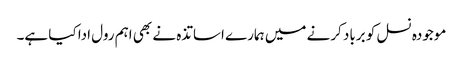
موجودہ نسل کو برباد کرنے میں ہمارے اساتذہ نے بھی اہم رول ادا کیا ہے۔